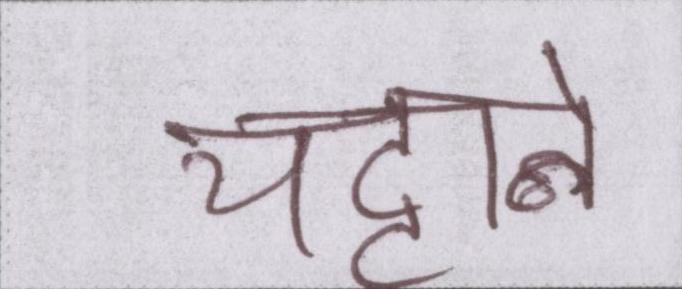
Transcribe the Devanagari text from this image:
चट्टाने